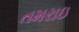
તમરાઇ